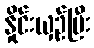
နှိုင်းယှဉ်ပြီး